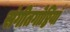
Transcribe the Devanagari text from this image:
संगीतगोष्ठियाँ